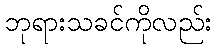
ဘုရားသခင်ကိုလည်း